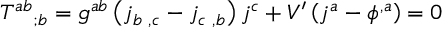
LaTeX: T _ { \quad ; b } ^ { a b } = g ^ { a b } \left( j _ { b \, \, , c } - j _ { c \, \, , b } \right) j ^ { c } + V ^ { \prime } \left( j ^ { a } - \phi ^ { , a } \right) = 0